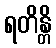
ရတိန္တိ